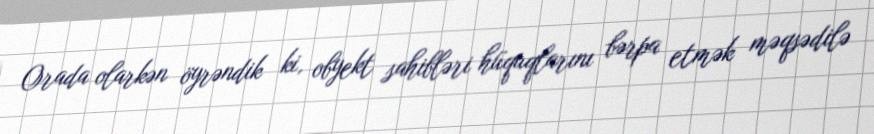
Orada olarkən öyrəndik ki, obyekt sahibləri hüquqlarını bərpa etmək məqsədilə